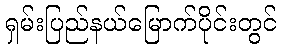
ရှမ်းပြည်နယ်မြောက်ပိုင်းတွင်